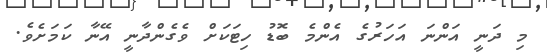
މި ދަނީ އަންނަ އަހަރުގެ އެންމެ ބޮޑު ހިޓަކަށް ވެގެންދާނީ އޭނާ ކަމަށެވެ.